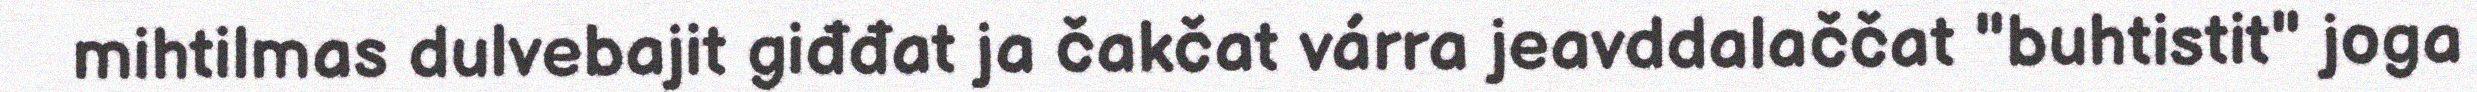
mihtilmas dulvebajit giđđat ja čakčat várra jeavddalaččat "buhtistit" joga